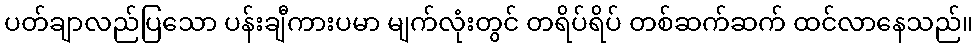
ပတ်ချာလည်ပြသော ပန်းချီကားပမာ မျက်လုံးတွင် တရိပ်ရိပ် တစ်ဆက်ဆက် ထင်လာနေသည်။